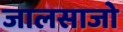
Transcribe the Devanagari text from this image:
जालसाजो